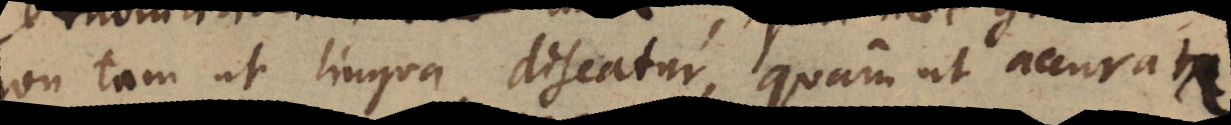
non tam ut lingua discatur, quam ut accurata